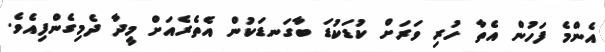
އެންމެ ފަހުން އެތާ ހުރި ވަރަށް ކުޑަކުޑަ ބާގަނޑަކުން އެތެރެއަށް މީދާ ދެމިގެންފިއެވެ.